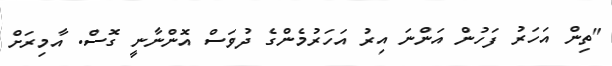
"ތިން އަހަރު ފަހުން އަންނަ އިރު އަހަރުމެންގެ ދުވަސް އޮންނާނީ ގޮސް. އާމިރަށް